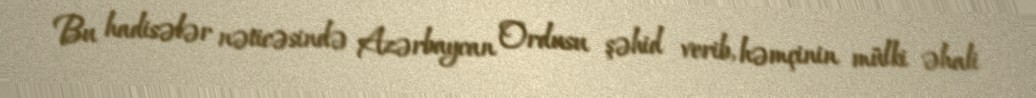
Bu hadisələr nəticəsində Azərbaycan Ordusu şəhid verib, həmçinin mülki əhali